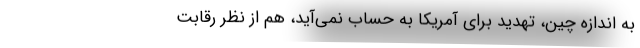
به اندازه چین، تهدید برای آمریکا به حساب نمی‌آید، هم از نظر رقابت